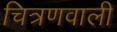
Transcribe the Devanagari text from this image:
चित्रणवाली